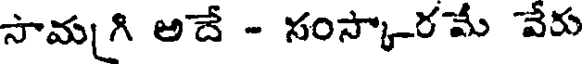
సామగి అదే - సంస్కారమే వేరు